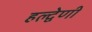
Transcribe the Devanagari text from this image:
हल्द्वेणी